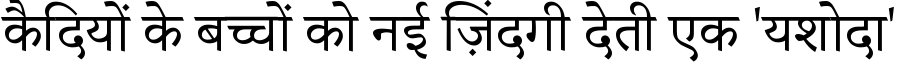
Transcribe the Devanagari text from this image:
कैदियों के बच्चों को नई ज़िंदगी देती एक 'यशोदा'